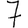
Digit: 7